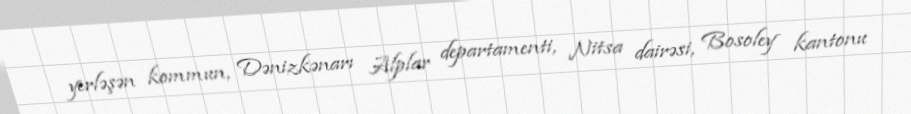
yerləşən kommun, Dənizkənarı Alplar departamenti, Nitsa dairəsi, Bosoley kantonu